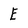
Character: E